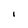
Character: i